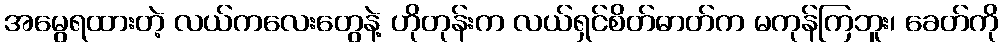
အမွေရထားတဲ့ လယ်ကလေးတွေနဲ့ ဟိုတုန်းက လယ်ရှင်စိတ်ဓာတ်က မကုန်ကြဘူး၊ ခေတ်ကို